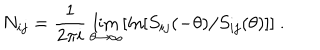
LaTeX: N _ { i j } = \frac { 1 } { 2 \pi i } \lim _ { \theta \rightarrow \infty } [ \ln [ S _ { i j } ( - \theta ) / S _ { i j } ( \theta ) ] ] ~ .